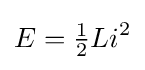
E={\tfrac {1}{2}}Li^{2}